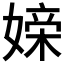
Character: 𪦖